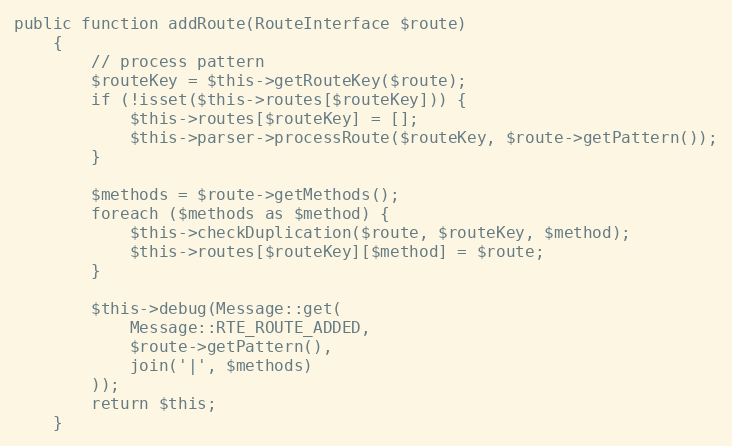
Language: PHP
public function addRoute(RouteInterface $route)
    {
        // process pattern
        $routeKey = $this->getRouteKey($route);
        if (!isset($this->routes[$routeKey])) {
            $this->routes[$routeKey] = [];
            $this->parser->processRoute($routeKey, $route->getPattern());
        }

        $methods = $route->getMethods();
        foreach ($methods as $method) {
            $this->checkDuplication($route, $routeKey, $method);
            $this->routes[$routeKey][$method] = $route;
        }

        $this->debug(Message::get(
            Message::RTE_ROUTE_ADDED,
            $route->getPattern(),
            join('|', $methods)
        ));
        return $this;
    }